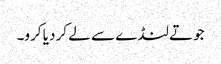
جوتے لنڈے سے لے کر دیا کرو۔